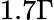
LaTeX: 1.7\Gamma